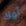
أوك